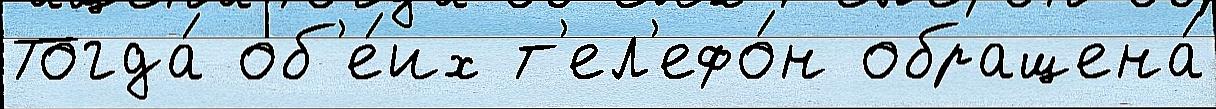
Тогда́ об'е́их т'ел'ефо́н обращена́